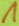
Text: 1